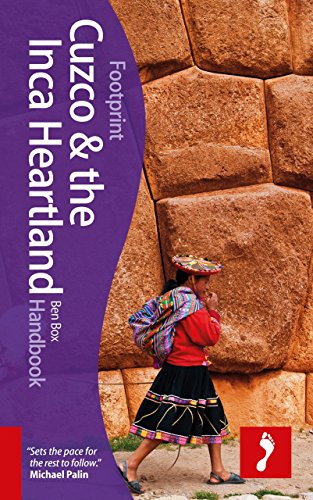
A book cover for Cuzco & Inca Heartland Handbook (Footprint - Handbooks); Ben Box; Travel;